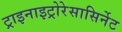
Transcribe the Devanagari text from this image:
ट्राइनाइट्रोरेसासिर्नेट